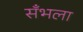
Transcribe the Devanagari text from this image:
सँभला